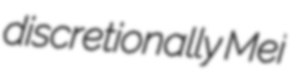
discretionally Mei